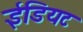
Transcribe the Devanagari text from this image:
ईडियट